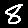
Digit: 8